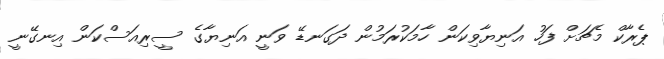
ޕެރާކް މެޗަށް ފަހު އަނިޔާވިކަން ހާމަކުރަމުން ދަގަނޑޭ ވަނީ އަނިޔާގެ ސީރިއަސްކަން އިނގޭނީ